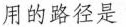
用的路径是